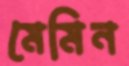
মেমিন